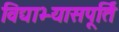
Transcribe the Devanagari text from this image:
विद्याभ्यासपूर्ति